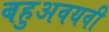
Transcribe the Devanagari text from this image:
बहुअवयवी